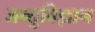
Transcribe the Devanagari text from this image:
जन्तुविज्ञान